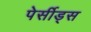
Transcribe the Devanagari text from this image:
पेर्सीड्स